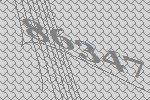
86347